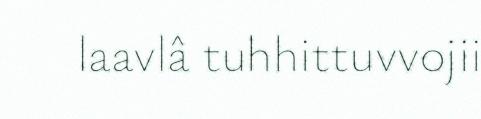
laavlâ tuhhittuvvojii